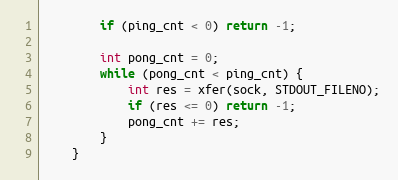
Language: C
        if (ping_cnt < 0) return -1;

        int pong_cnt = 0;
        while (pong_cnt < ping_cnt) {
            int res = xfer(sock, STDOUT_FILENO);
            if (res <= 0) return -1;
            pong_cnt += res;
        }
    }